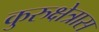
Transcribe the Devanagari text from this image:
कुरुक्षेत्रास